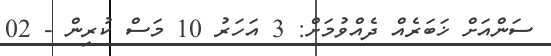
ސަންއަށް ޚަބަރެއް ދެއްވުމަށް: 3 އަހަރު 10 މަސް ކުރިން - 02